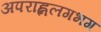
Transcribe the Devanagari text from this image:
अपराह्नलगभग